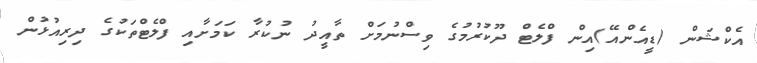
އެކްޝަން (ޑީއެންއޭ)އިން ފްލެޓް ދޫކުރުމުގެ ވިސްނުމަށް ތާއީދު ނުކުރާ ކަމަށާއި ފްލެޓްތަކުގެ ދިރިއުޅުން